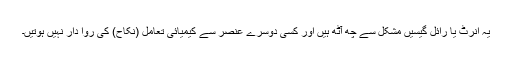
یہ انرٹ یا رائل گیسیں مشکل سے چھ آٹھ ہیں اور کسی دوسرے عنصر سے کیمیائی تعامل (نکاح) کی روا دار نہیں ہوتیں۔